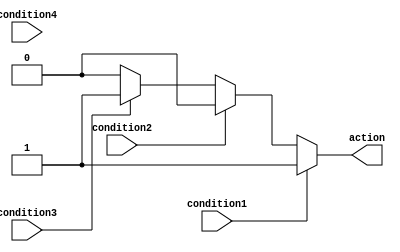
module if_else_ladder_statement (
  input wire condition1,
  input wire condition2,
  input wire condition3,
  input wire condition4,
  output reg action
);

always @* begin
  if (condition1) begin
    action = 1;
  end 
  else if (condition2) begin
    action = 2;
  end
  else if (condition3) begin
    action = 3;
  end
  else if (condition4) begin
    action = 4;
  end
  else begin
    action = 0;
  end
end

endmodule